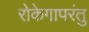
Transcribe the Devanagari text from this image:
रोकेगापरंतु